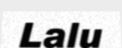
Lalu